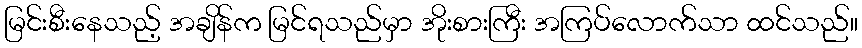
မြင်းစီးနေသည့် အချိန်က မြင်ရသည်မှာ အိုးစားကြီး အကြပ်လောက်သာ ထင်သည်။